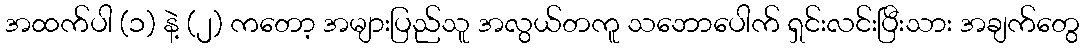
အထက်ပါ (၁) နဲ့ (၂) ကတော့ အများပြည်သူ အလွယ်တကူ သဘောပေါက် ရှင်းလင်းပြီးသား အချက်တွေ